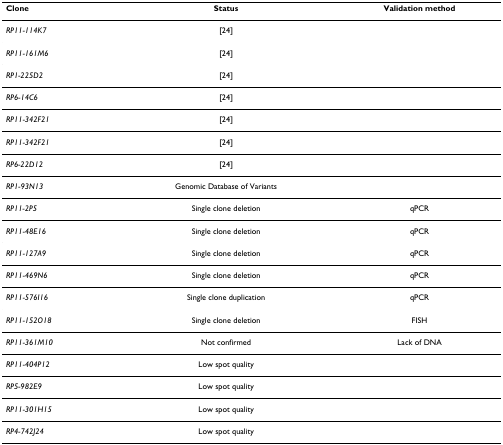
<table><thead><tr><td><b>Clone</b></td><td><b>Status</b></td><td><b>Validation method</b></td></tr></thead><tbody><tr><td><i>RP11-114K7</i></td><td>[24]</td><td></td></tr><tr><td><i>RP11-161M6</i></td><td>[24]</td><td></td></tr><tr><td><i>RP1-225D2</i></td><td>[24]</td><td></td></tr><tr><td><i>RP6-14C6</i></td><td>[24]</td><td></td></tr><tr><td><i>RP11-342F21</i></td><td>[24]</td><td></td></tr><tr><td><i>RP11-342F21</i></td><td>[24]</td><td></td></tr><tr><td><i>RP6-22D12</i></td><td>[24]</td><td></td></tr><tr><td><i>RP1-93N13</i></td><td>Genomic Database of Variants</td><td></td></tr><tr><td><i>RP11-2P5</i></td><td>Single clone deletion</td><td>qPCR</td></tr><tr><td><i>RP11-48E16</i></td><td>Single clone deletion</td><td>qPCR</td></tr><tr><td><i>RP11-127A9</i></td><td>Single clone deletion</td><td>qPCR</td></tr><tr><td><i>RP11-469N6</i></td><td>Single clone deletion</td><td>qPCR</td></tr><tr><td><i>RP11-576I16</i></td><td>Single clone duplication</td><td>qPCR</td></tr><tr><td><i>RP11-152O18</i></td><td>Single clone deletion</td><td>FISH</td></tr><tr><td><i>RP11-361M10</i></td><td>Not confirmed</td><td>Lack of DNA</td></tr><tr><td><i>RP11-404P12</i></td><td>Low spot quality</td><td></td></tr><tr><td><i>RP5-982E9</i></td><td>Low spot quality</td><td></td></tr><tr><td><i>RP11-301H15</i></td><td>Low spot quality</td><td></td></tr><tr><td><i>RP4-742J24</i></td><td>Low spot quality</td><td></td></tr></tbody></table>